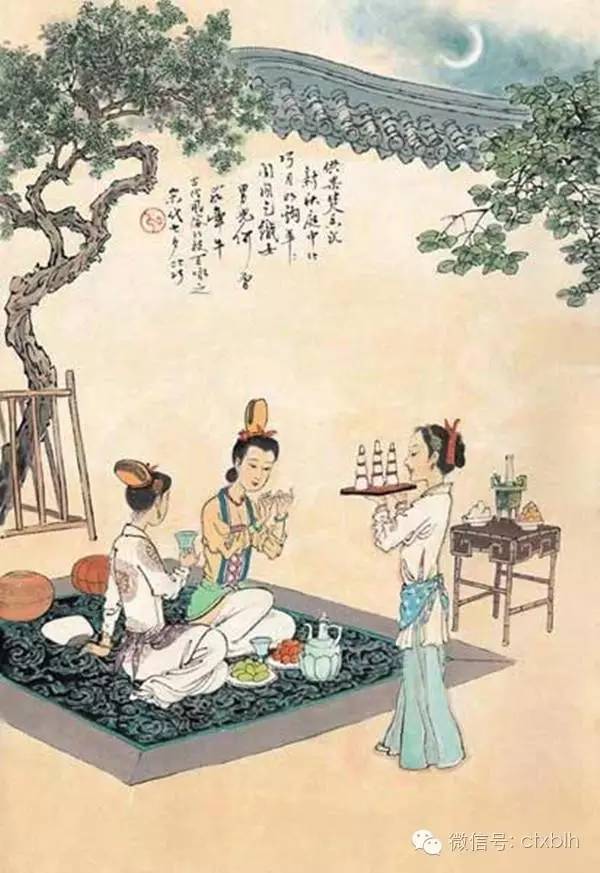
恐是仙家好别离，故教迢递作佳期。